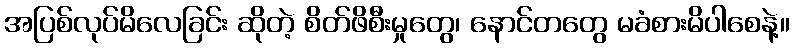
အပြစ်လုပ်မိလေခြင်း ဆိုတဲ့ စိတ်ဖိစီးမှုတွေ၊ နောင်တတွေ မခံစားမိပါစေနဲ့။